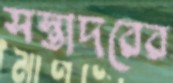
সস্তাদরের